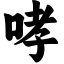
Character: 哮